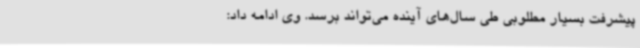
پیشرفت بسیار مطلوبی طی سال‌های آینده می‌تواند برسد. وی ادامه داد: